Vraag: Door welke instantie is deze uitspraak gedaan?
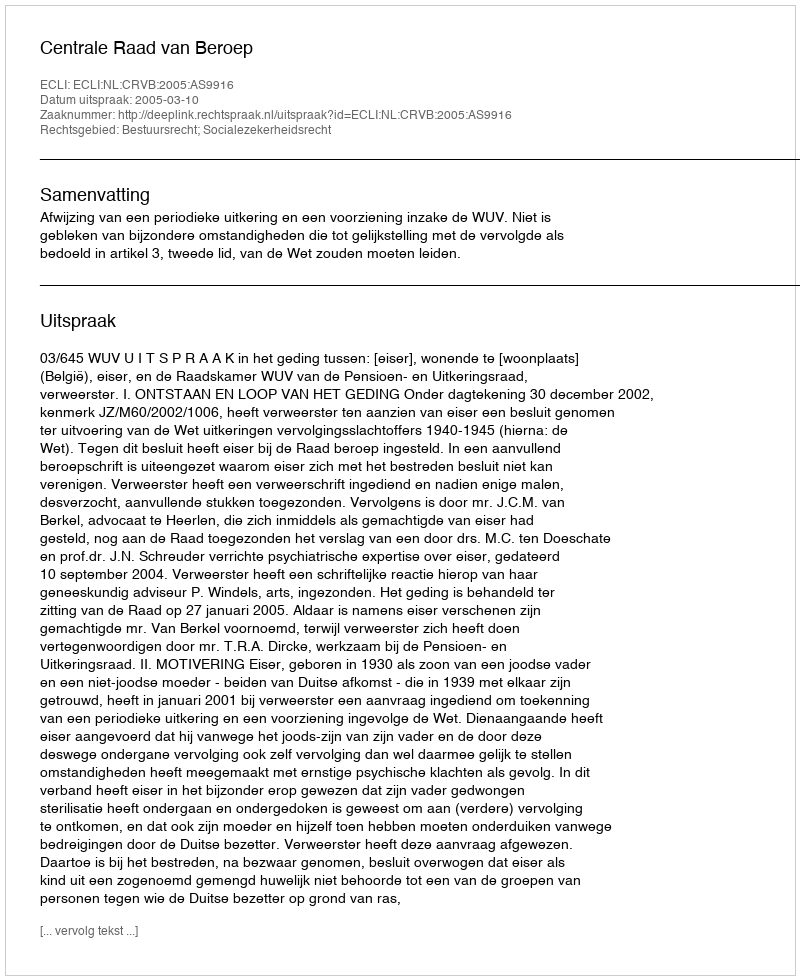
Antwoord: Centrale Raad van Beroep